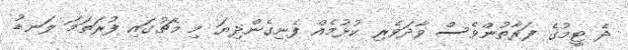
ދެ ޓީމުގެ ފަރާތުންވެސް ވާދަވެރި ކުޅުމެއް ފެނިގެންދިޔަ މި މެޗުގައި ފުރަތަމަ ލަނޑު